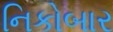
નિકોબાર